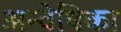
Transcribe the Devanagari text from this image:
अन्वेषिका